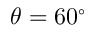
\theta = 6 0 ^ { \circ }